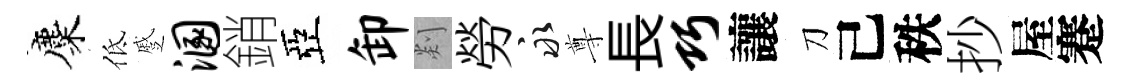
麋低蹙溷銷亞卸剡勞永尊長巧讓刀己秩抄屋蹇